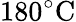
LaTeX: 180\mathrm{{}^{\circ}C}